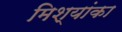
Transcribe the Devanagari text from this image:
मिश्यांका